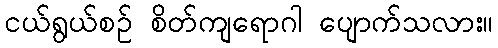
ငယ်ရွယ်စဉ် စိတ်ကျရောဂါ ပျောက်သလား။